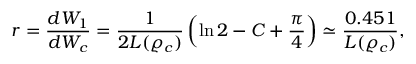
\displaystyle { r = \frac { d W _ { 1 } } { d W _ { c } } = \frac { 1 } { 2 L ( \varrho _ { c } ) } \left( \ln 2 - C + \frac { \pi } { 4 } \right) \simeq \frac { 0 . 4 5 1 } { L ( \varrho _ { c } ) } } ,